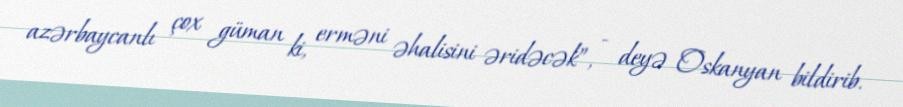
azərbaycanlı çox güman ki, erməni əhalisini əridəcək”, - deyə Oskanyan bildirib.